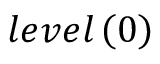
{ l e v e l } \left( 0 \right)